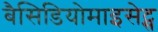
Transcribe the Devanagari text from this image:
बैसिडियोमाइसेट्स